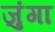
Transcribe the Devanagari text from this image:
जुंगा